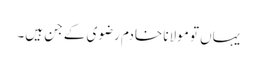
یہاں تو مولانا خادم رضوی کے جن ہیں۔